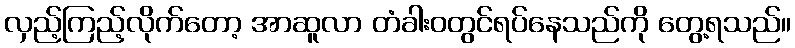
လှည့်ကြည့်လိုက်တော့ အာဆူလာ တံခါးဝတွင်ရပ်နေသည်ကို တွေ့ရသည်။